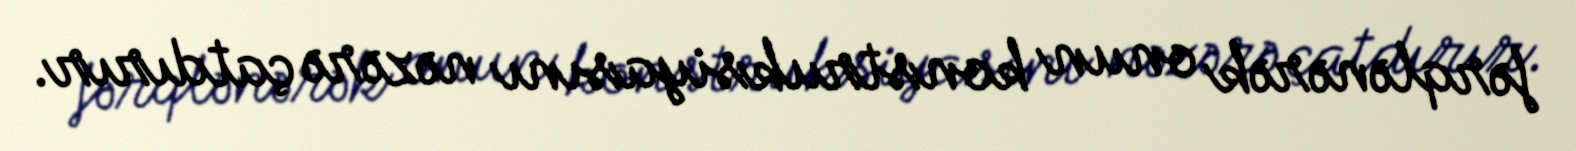
fərqlənərək onun konstruksiyasını nəzərə çatdırır.